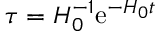
\tau = H _ { 0 } ^ { - 1 } \mathrm { e } ^ { - H _ { 0 } t }